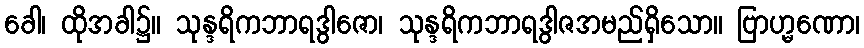
ခေါ၊ ထိုအခါ၌။ သုန္ဒရိကဘာရဒွါဇော၊ သုန္ဒရိကဘာရဒွါဇအမည်ရှိသော။ ဗြာဟ္မဏော၊